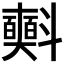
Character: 𣂐